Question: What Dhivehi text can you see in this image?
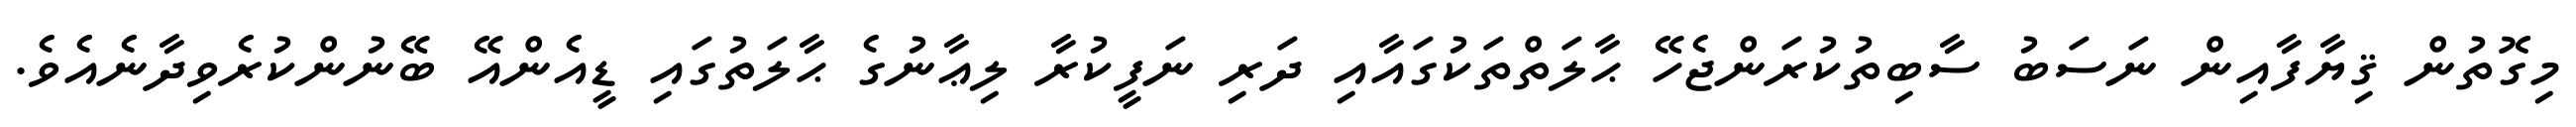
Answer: މިގޮތުން ޤިޔާފާއިން ނަސަބު ސާބިތުކުރަންޖެހޭ ޙާލަތްތަކުގައާއި ދަރި ނަފީކުރާ ލިޢާނުގެ ޙާލަތުގައި ޑީއެންއޭ ބޭނުންކުރެވިދާނެއެވެ.